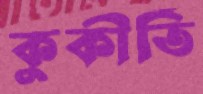
কুকীর্তি